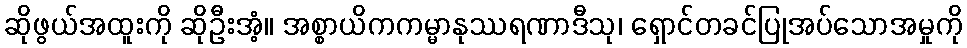
ဆိုဖွယ်အထူးကို ဆိုဦးအံ့။ အစ္စာယိကကမ္မာနုဿရဏာဒီသု၊ ရှောင်တခင်ပြုအပ်သောအမှုကို